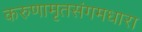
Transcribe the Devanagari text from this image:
करुणामृतसंगमधारा